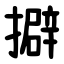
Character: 擗